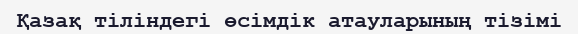
Қазақ тіліндегі өсімдік атауларының тізімі